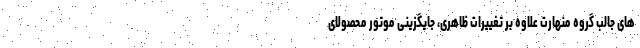
های جالب گروه منهارت علاوه بر تغییرات ظاهری، جایگزینی موتور محصولای